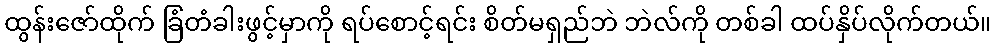
ထွန်းဇော်ထိုက် ခြံတံခါးဖွင့်မှာကို ရပ်စောင့်ရင်း စိတ်မရှည်ဘဲ ဘဲလ်ကို တစ်ခါ ထပ်နှိပ်လိုက်တယ်။